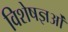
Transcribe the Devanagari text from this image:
विशेषज्ञओं